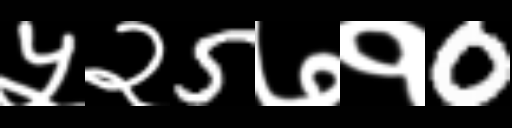
Text: ५२5७१0